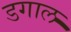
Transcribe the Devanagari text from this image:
डगाल